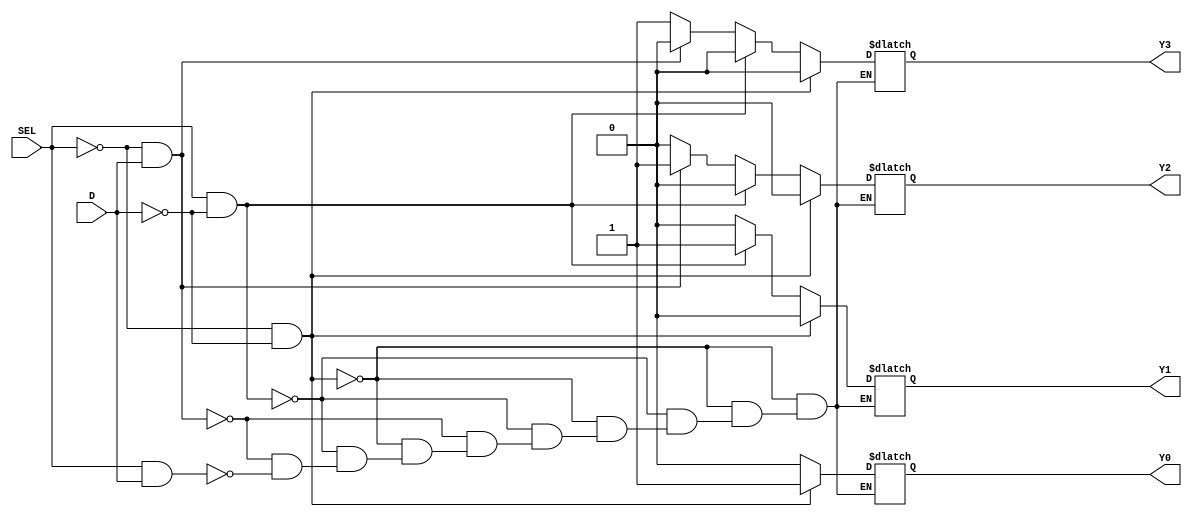
module demux_1_to_4 (
    input wire SEL,
    input wire D,
    output reg Y0,
    output reg Y1,
    output reg Y2,
    output reg Y3
);

always @(*) begin
    if (SEL == 0 && D == 0) begin
        Y0 = 1;
        Y1 = 0;
        Y2 = 0;
        Y3 = 0;
    end
    
    else if (SEL == 1 && D == 0) begin
        Y0 = 0;
        Y1 = 1;
        Y2 = 0;
        Y3 = 0;
    end

    else if (SEL == 0 && D == 1) begin
        Y0 = 0;
        Y1 = 0;
        Y2 = 1;
        Y3 = 0;
    end
    
    else if (SEL == 1 && D == 1) begin
        Y0 = 0;
        Y1 = 0;
        Y2 = 0;
        Y3 = 1;
    end
end

endmodule